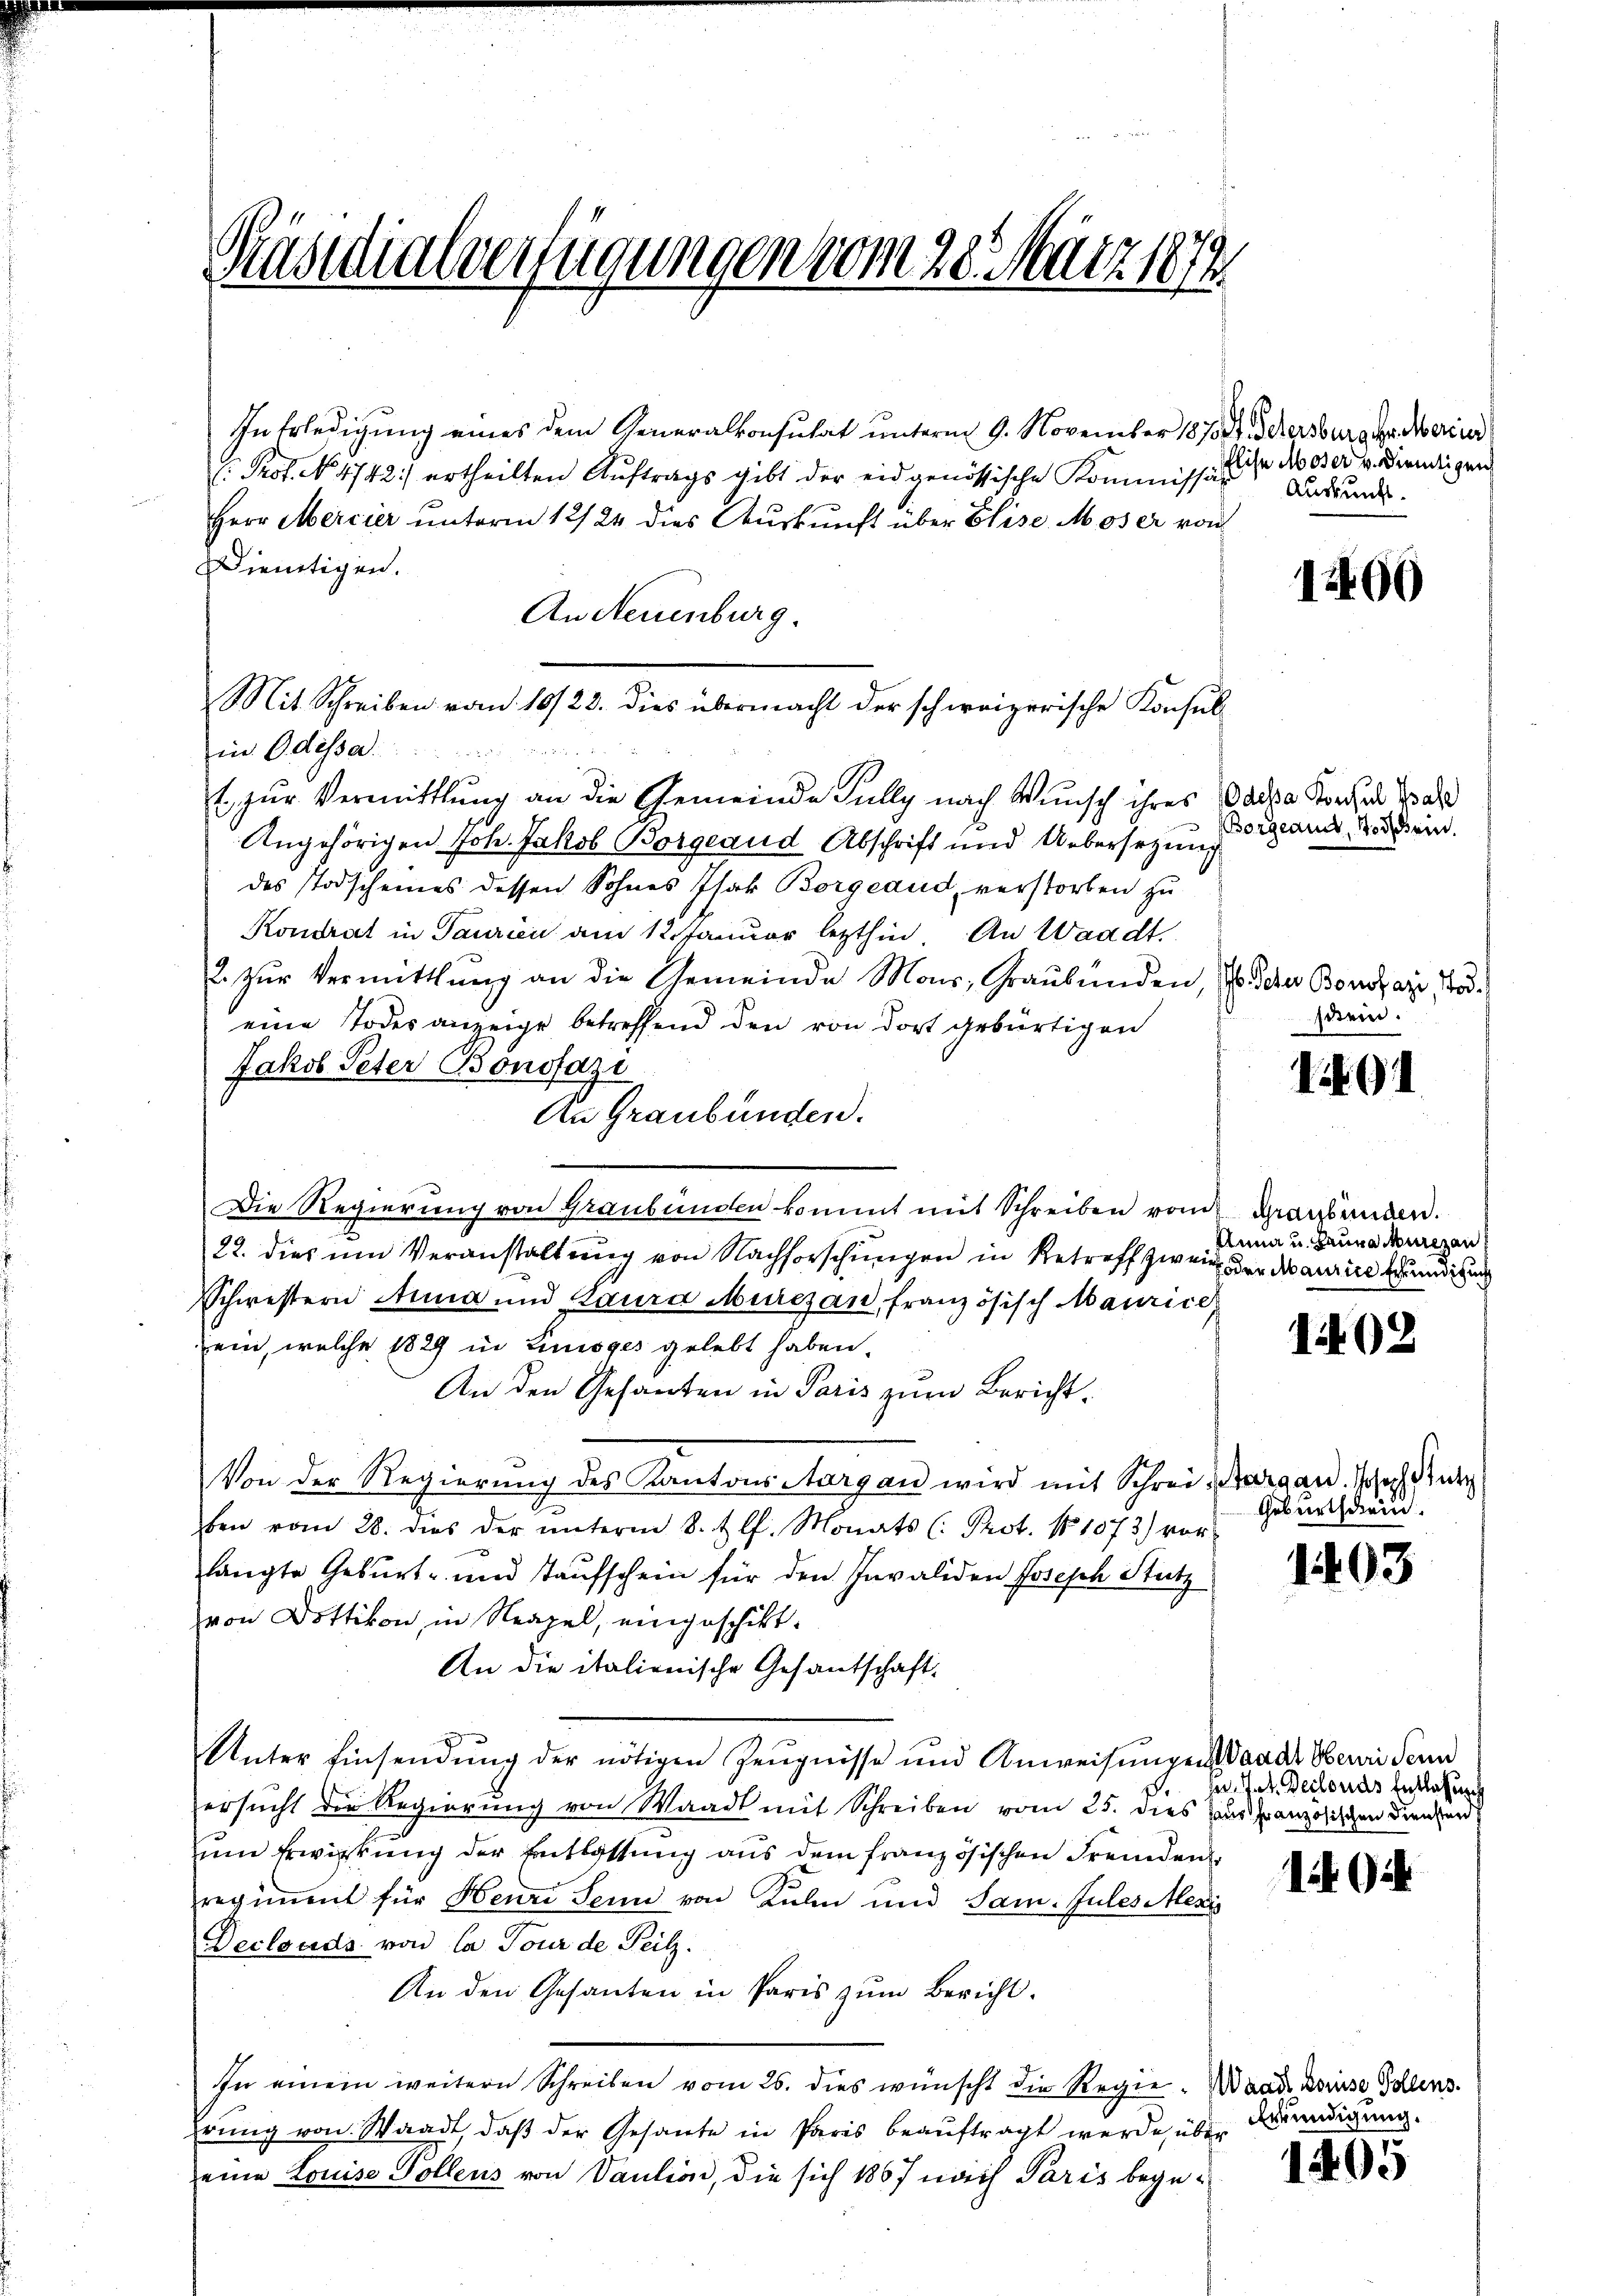
Präsidialverfügungen vom 28. März 1879

In Erledigung eines dem Generalkonsulat unterm 9. November 18700. Sehersburger Merinn
: Prof. No 4742) ertheilten Auftrags gibt der eidgenössische Kommissär
Herr Mercier unterm 12/24 dies Auskunft über Elise Moser von
Dienstigen.
An Neuenburg.
Mit Schreiben vom 10/23. dies übermacht der schweizerische Konsul-

in Odessa
1. zur Vermittlung an die Gemeinde Fully nach Wunsch ihres
Angehörigen Joh. Jakob Borgeaud Abschrift und Uebersetzung
des Todscheines dessen Sohnes Isak Borgeaud, verstorben zu
Kondrat in Taurien am 12. Januar lezthin An Waadt.
2. zŭr Vermittlung an die Gemeinde Mons, Graubünden,
eine Todesanzeige betreffend den von dort gebürtigen
Jakob Peter Bonofazi
An Graubünden.
Die Regierung von Graubünden kommt mit Schreiben vom Graubünden.
22. dies um Veranstaltung von Nachforschungen in Retroff zwei oder daurere Grundigen
Schwestern Anna und Laura Murchan, französisch-Maurice
ein, welche 1829 in Linioges gelebt haben.
An den Gesanten in Paris zum Bericht.
Von der Regierung des Kantons Aargau wird mit Schrei-
ben vom 28. dies der ŭnterm 8. tlf. Monats (: Prot. No 1073) vor
langte Geburt- und Taufschein für den Invaliden Joseph Stutz
von Dottikon, in Neapel, eingeschikt.
An die italienische Gesantschaft
Unter Einsendŭng der nötigen Zeŭgnisse und Anweisŭngen
ersŭcht die Regierŭng von Waadt mit Schreiben vom 25. dies
zum Erwirkung der Entlassung aus dem französischen Fremden
regiment für Henri Senn von Kalen und Sam. Julesier
Declouds von la Tour de Teilz.
An den Gesanten in Paris zum Bericht.
In einem weitern Schreiben vom 26. dies wünscht die Regiehrung von Waadt, daß der Gesante in Paris beauftragt werde, über
eine Louise Vollens von Vaution, die sich 1867 nach Paris bege¬

lise Moser v. Dientigen
Abgrunds

Odessa Konsul Base
Borgeaut, Todschein.

. Peter Bonifazi, Tod.
stein.

1 91

Anna und Bauma Murezan

1402

1200

targau. Joseph Stutz
Geburtschein.

1403

Waadt Herr Sein
e. Jet. Declouds Entlassun
haus französischen Dienständ

1

Waadt Louise Vollens.
Erkundigung.

1405